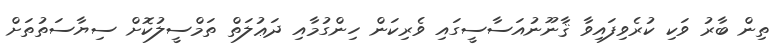
ތިން ބާރު ވަކި ކުރެވިފައިވާ ޤާނޫނުއަސާސީގައި ވެރިކަން ހިންގުމާއި ދަޢުލަތް ތަމްސީލުކޮށް ސިޔާސަތުތަށް